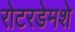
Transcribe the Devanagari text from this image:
रोटरडेमशे